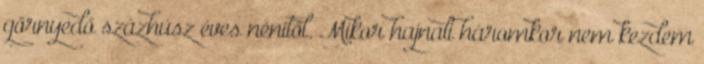
görnyedő százhúsz éves nénitől. Mikor hajnali háromkor nem kezdem